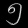
Digit: ၅